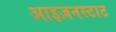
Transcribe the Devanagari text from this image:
आइज़नस्टाट